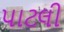
પાટલી